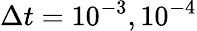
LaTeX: \Delta t=10^{-3},10^{-4}